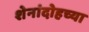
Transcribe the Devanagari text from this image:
शेनांदोहच्या